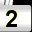
Digit: 2